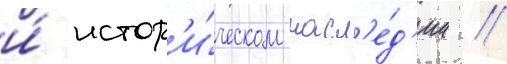
и́ истор'и́ческом насл'е́д'ии //